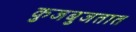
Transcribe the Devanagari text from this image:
कुजबुजतात